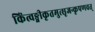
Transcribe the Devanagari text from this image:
किंत्वङ्गीकृतमुत्सृजन्कृपणवत्